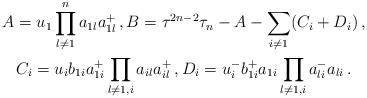
LaTeX: \begin{gather*}A=u_1\prod_{l\ne 1}^n a_{1l}a_{1l}^+\,,B=\tau^{2n-2}\tau_n-A-\sum_{i\ne 1} (C_i+D_i)\,, \\C_i=u_ib_{1i}a_{1i}^+\prod_{l\ne 1, i} a_{il}a_{il}^+\,,D_i=u_i^-b_{1i}^+a_{1i}\prod_{l\ne 1, i} a_{li}^-a_{li}\,. \end{gather*}